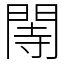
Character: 䦙